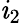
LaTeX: \mathit{i}_{2}